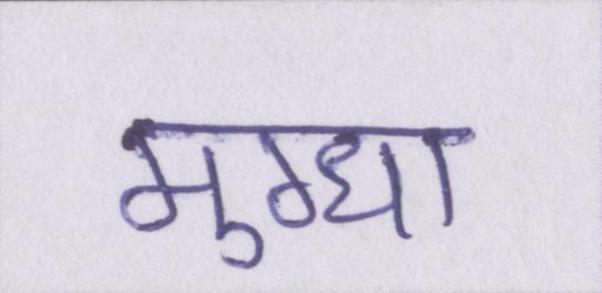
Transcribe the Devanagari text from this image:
मुग्धा